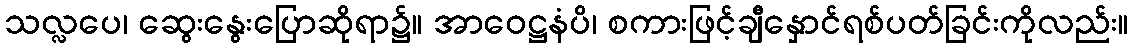
သလ္လပေ၊ ဆွေးနွေးပြောဆိုရာ၌။ အာဝေဋ္ဌနံပိ၊ စကားဖြင့်ချီနှောင်ရစ်ပတ်ခြင်းကိုလည်း။